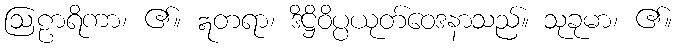
ဩဠာရိကာ၊ ၏။ ဣတရာ၊ ဒိဋ္ဌိဝိပ္ပယုတ်ဝေဒနာသည်။ သုခုမာ၊ ၏။